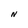
Character: N